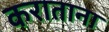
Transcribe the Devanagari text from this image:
कराताना